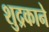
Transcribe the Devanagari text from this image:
शुद्रकाने